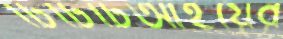
টিটিটিআইয়ের